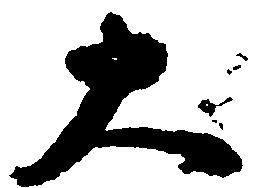
大